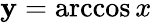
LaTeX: \mathbf{y}=\operatorname{arccos}x\,